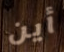
أين